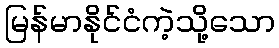
မြန်မာနိုင်ငံကဲ့သို့သော